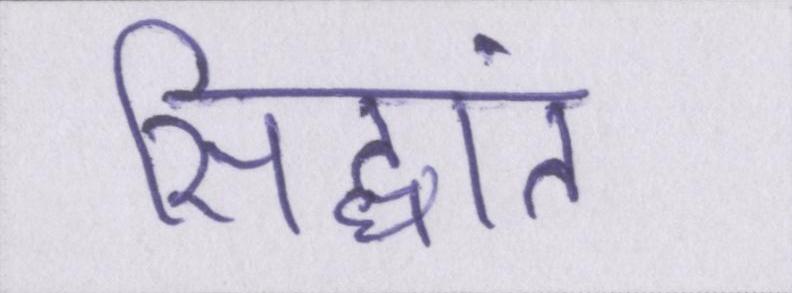
सिद्धांत